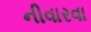
નીવારવા